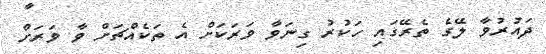
ދައުރުވާ ލޭގެ ތެރޭގައި ހަކުރު ގިނަވާ ވަރަކަށް އެ ތަކެއްޗަށް ވާ ވަރަށް